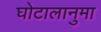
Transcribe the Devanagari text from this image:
घोटालानुमा